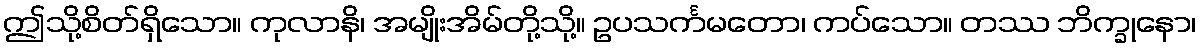
ဤသို့စိတ်ရှိသော။ ကုလာနိ၊ အမျိုးအိမ်တို့သို့။ ဥပသင်္ကမတော၊ ကပ်သော။ တဿ ဘိက္ခုနော၊